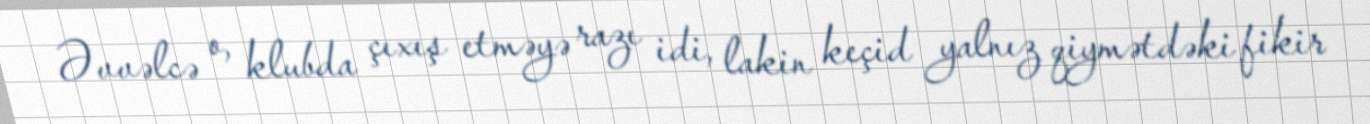
Əvvəlcə o, klubda çıxış etməyə razı idi, lakin keçid yalnız qiymətdəki fikir